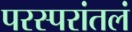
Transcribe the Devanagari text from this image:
परस्परांतलं